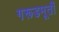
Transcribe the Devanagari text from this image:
गरूडमूर्ती